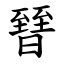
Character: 㬜